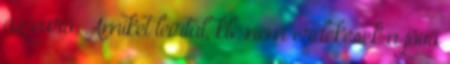
az euró. Amiket leírtál, kb. nem érdekesek a jövő